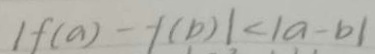
1 f ( a ) - f ( b ) \vert < \vert a - b \vert